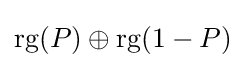
\operatorname {rg} (P)\oplus \operatorname {rg} (1-P)